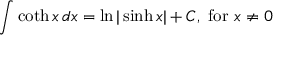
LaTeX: \int \coth x \, d x = \ln | \sinh x | + C , { \mathrm { ~ f o r ~ } } x \neq 0